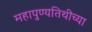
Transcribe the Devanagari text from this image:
महापुण्यतिथीच्या